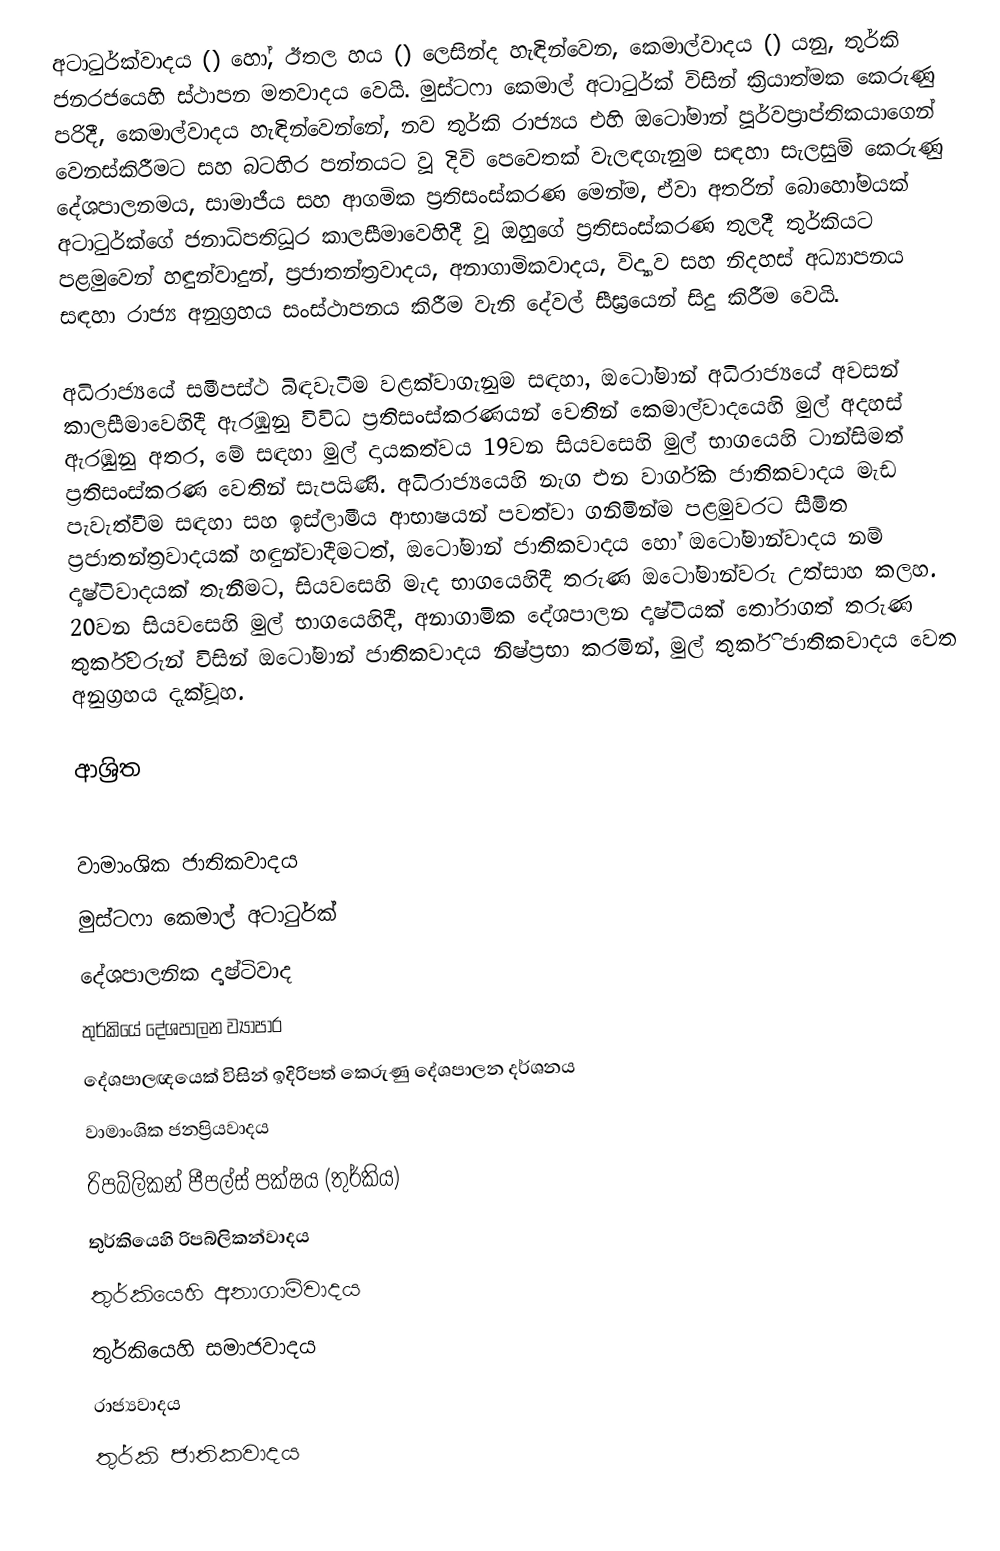
අටාටුර්ක්වාදය () හෝ, ඊතල හය () ලෙසින්ද හැඳින්වෙන,  කෙමාල්වාදය () යනු, තුර්කි ජනරජයෙහි ස්ථාපන මතවාදය වෙයි.  මුස්ටෆා කෙමාල් අටාටුර්ක් විසින් ක්‍රියාත්මක කෙරුණු පරිදී, කෙමාල්වාදය හැඳින්වෙන්නේ, නව තුර්කි රාජ්‍යය එහි ඔටෝමාන් පූර්වප්‍රාප්තිකයාගෙන් වෙනස්කිරීමට සහ බටහිර පන්නයට වූ දිවි පෙවෙතක් වැලඳගැනුම සඳහා සැලසුම් කෙරුණු දේශපාලනමය, සාමාජීය සහ ආගමික ප්‍රතිසංස්කරණ මෙන්ම, ඒවා අතරින් බොහෝමයක් අටාටුර්ක්ගේ ජනාධිපතිධූර කාලසීමාවෙහිදී වූ  ඔහුගේ ප්‍රතිසංස්කරණ තුලදී තුර්කියට පළමුවෙන් හඳුන්වාදුන්,  ප්‍රජාතන්ත්‍රවාදය, අනාගාමිකවාදය, විද්‍යාව සහ නිදහස් අධ්‍යාපනය  සඳහා රාජ්‍ය අනුග්‍රහය සංස්ථාපනය කිරීම වැනි දේවල් සීඝ්‍රයෙන් සිදු කිරීම වෙයි.

අධිරාජ්‍යයේ  සමීපස්ථ බිඳවැටීම වළක්වාගැනුම සඳහා, ඔටෝමාන් අධිරාජ්‍යයේ අවසන් කාලසීමාවෙහිදී ඇරඹුනු විවිධ ප්‍රතිසංස්කරණයන් වෙතින් කෙමාල්වාදයෙහි මුල් අදහස් ඇරඹුනු අතර, මේ සඳහා මුල් දායකත්වය 19වන සියවසෙහි මුල් භාගයෙහි ටාන්සිමත් ප්‍රතිසංස්කරණ වෙතින් සැපයිණි. අධිරාජ්‍යයෙහි නැග එන වාර්ගික ජාතිකවාදය මැඩ පැවැත්වීම සඳහා සහ ඉස්ලාමීය ආභාෂයන් පවත්වා ගනිමින්ම පළමුවරට සීමිත ප්‍රජාතන්ත්‍රවාදයක් හඳුන්වාදීමටත්,  ඔටෝමාන් ජාතිකවාදය හෝ ඔටෝමාන්වාදය නම් දෘෂ්ටිවාදයක් තැනීමට,  සියවසෙහි මැද භාගයෙහිදී  තරුණ ඔටෝමාන්වරු උත්සාහ කලහ. 20වන සියවසෙහි මුල් භාගයෙහිදී, අනාගාමික දේශපාලන දෘෂ්ටියක් තෝරාගත් තරුණ තුර්කිවරුන් විසින් ඔටෝමාන් ජාතිකවාදය නිෂ්ප්‍රභා කරමින්, මුල් තුර්කි ජාතිකවාදය වෙත අනුග්‍රහය දැක්වූහ.

ආශ්‍රිත

වාමාංශික ජාතිකවාදය
 මුස්ටෆා කෙමාල් අටාටුර්ක්
දේශපාලනික දෘෂ්ටිවාද
තුර්කියේ දේශපාලන ව්‍යාපාර
දේශපාලඥයෙක් විසින් ඉදිරිපත් කෙරුණු දේශපාලන දර්ශනය
වාමාංශික ජනප්‍රියවාදය
රිපබ්ලිකන් පීපල්ස් පක්ෂය (තුර්කිය)
තුර්කියෙහි රිපබ්ලිකන්වාදය
තුර්කියෙහි අනාගාමිවාදය
තුර්කියෙහි සමාජවාදය
රාජ්‍යවාදය
තුර්කි ජාතිකවාදය